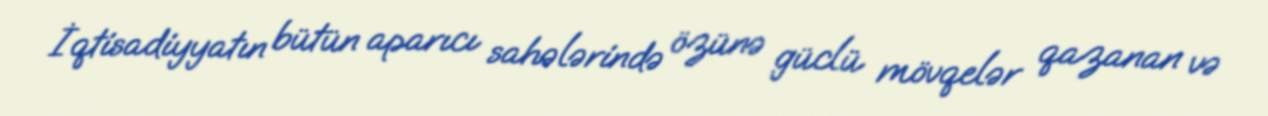
İqtisadiyyatın bütün aparıcı sahələrində özünə güclü mövqelər qazanan və